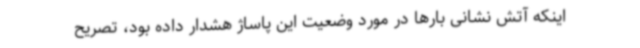
اینکه آتش نشانی بارها در مورد وضعیت این پاساژ هشدار داده بود، تصریح